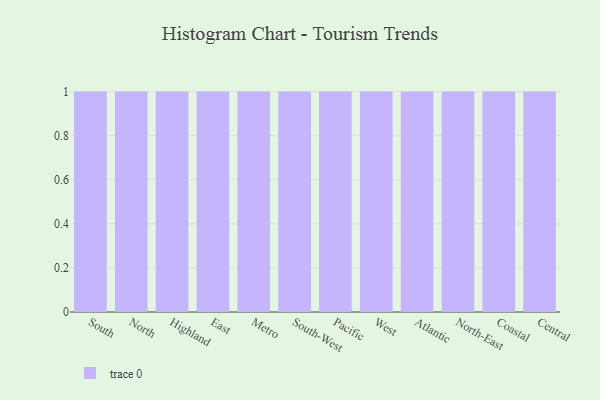
{"axis": {"x": "Region", "y": "Headcount"}, "legend": [""], "data": [{"x": "South", "y": 39, "type": ""}, {"x": "North", "y": 48, "type": ""}, {"x": "Highland", "y": 26, "type": ""}, {"x": "East", "y": 29, "type": ""}, {"x": "Metro", "y": 67, "type": ""}, {"x": "South-West", "y": 65, "type": ""}, {"x": "Pacific", "y": 67, "type": ""}, {"x": "West", "y": 26, "type": ""}, {"x": "Atlantic", "y": 14, "type": ""}, {"x": "North-East", "y": 97, "type": ""}, {"x": "Coastal", "y": 62, "type": ""}, {"x": "Central", "y": 81, "type": ""}]}